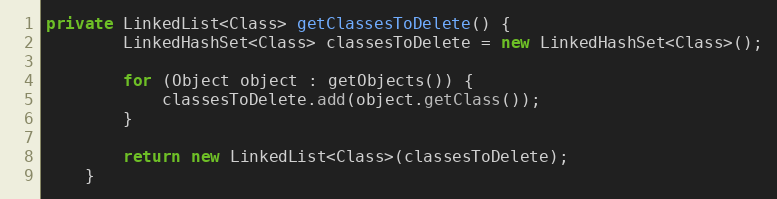
Language: Java
private LinkedList<Class> getClassesToDelete() {
		LinkedHashSet<Class> classesToDelete = new LinkedHashSet<Class>();

		for (Object object : getObjects()) {
			classesToDelete.add(object.getClass());
		}

		return new LinkedList<Class>(classesToDelete);
	}